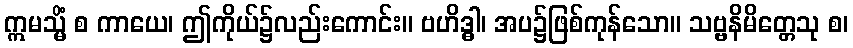
ဣမသ္မိံ စ ကာယေ၊ ဤကိုယ်၌လည်းကောင်း။ ဗဟိဒ္ဓါ၊ အပ၌ဖြစ်ကုန်သော။ သဗ္ဗနိမိတ္တေသု စ၊